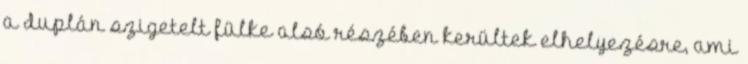
a duplán szigetelt fülke alsó részében kerültek elhelyezésre, ami